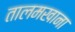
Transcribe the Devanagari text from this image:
तालमखाना